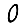
Digit: 0